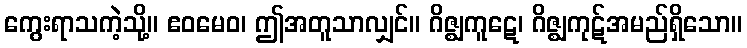
ကွေးရာသကဲ့သို့။ ဧဝမေဝ၊ ဤအတူသာလျှင်။ ဂိဇ္ဈကူဋေ၊ ဂိဇ္ဈကုဋ်အမည်ရှိသော။